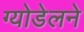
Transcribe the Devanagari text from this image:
ग्योडेलने